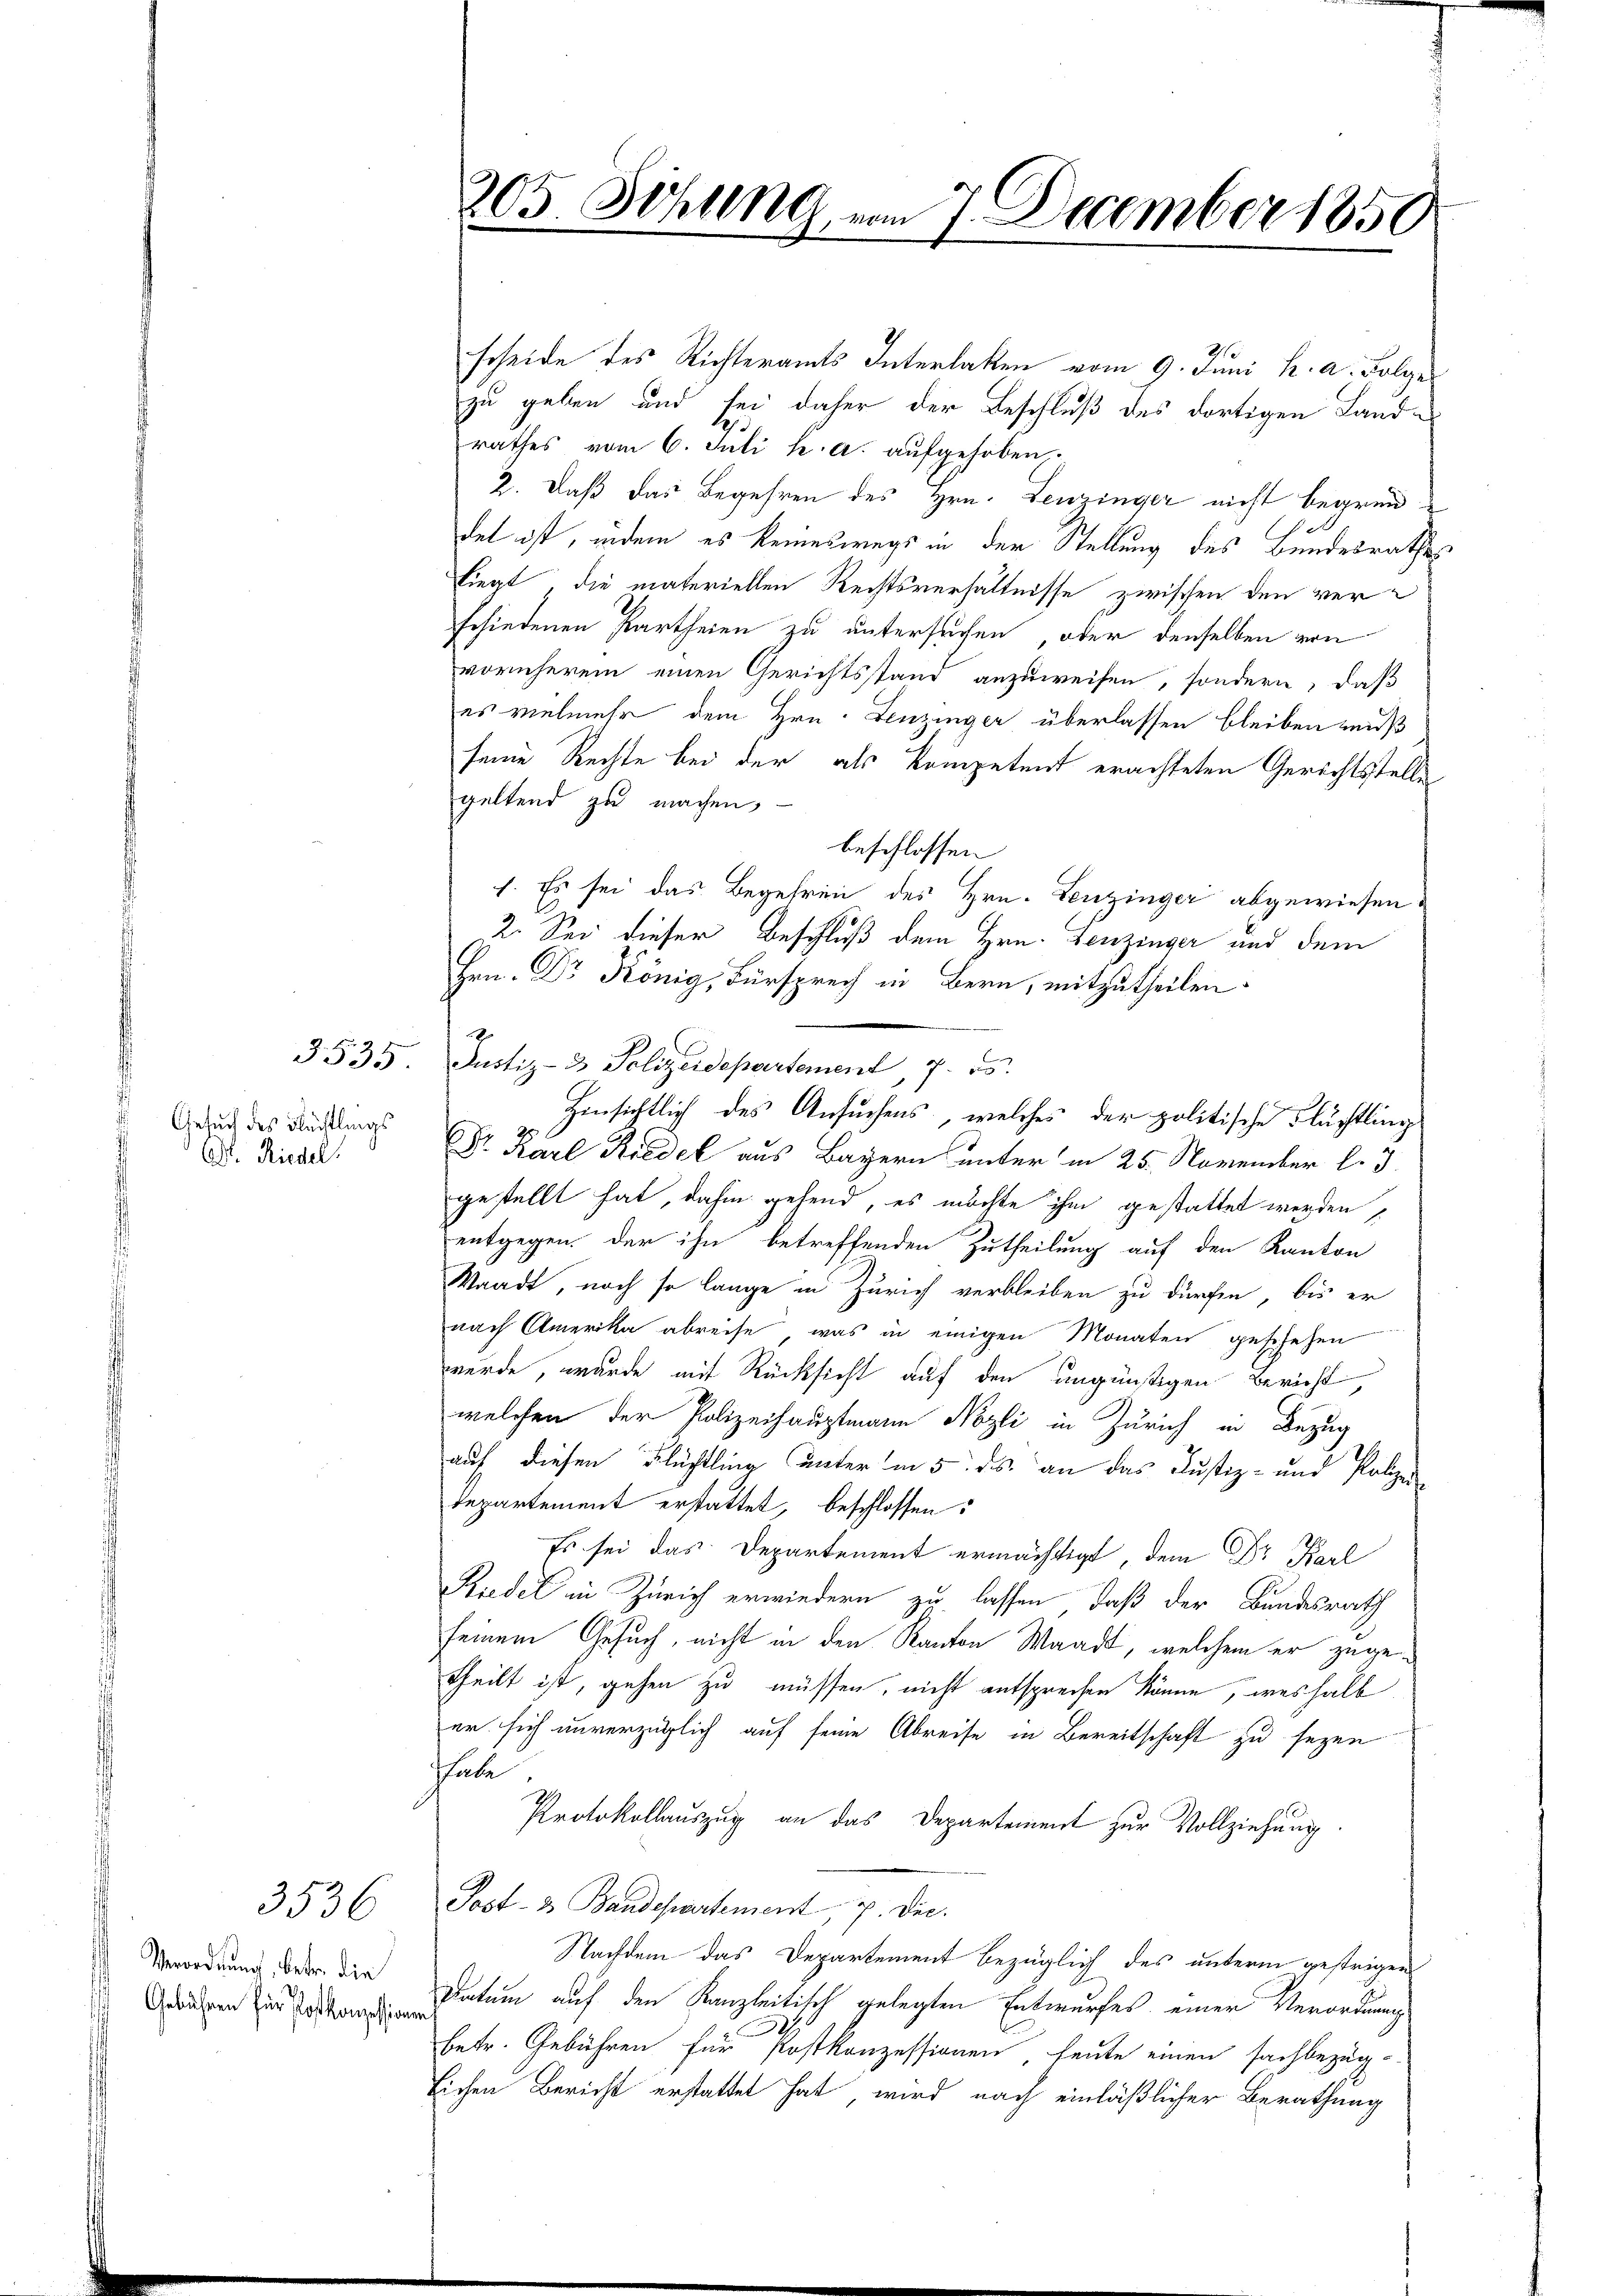
Gesuch des Flüchtlings
Ct. Riedel.

3535

3536

Verordnung, betr. die

205 Schlag vom 7. December 1850
2

scheide des Richteramts Interlaken vom 9. Juni h. a. Folge
zu geben und sei daher der Beschluß des dortigen Land-
rathes vom 6. Juli h. a. aufgehoben,
2. Daß das Begehren des Hrn. Leuzinger nicht begründet ist, indem es keineswegs in der Stellung des Bundesrathes
liegt die materiellen Rechtsverhältnisse zwischen den verschiedenen Partheien zu untersuchen, oder denselben von
vornherein einen Gerichtsstand anzuweisen, sondern, daß
es vielmehr dem Hrn. Lenzinger überlassen bleiben muß
seine Rechte bei der als kompetent erachteten Gerichtsstelle
geltend zu machen,
beschlossen
1. Es sei das Begehren des Hrn. Lenzinger abgewiesen
u. Sei dieser Beschluß dem Hrn. Lenzinger und dem
Hrn. Dr König, Fürsprech in Bern, mitzutheilen.
Justiz- & Polizeidepartement, 7. ds.
Hinsichtlich des Ansuchens, welches der politische Flüchtling
25
Dr. Karl Riedel aus Bayern unter in 25. November l. J.
gestellt hat, dahin gehend, es möchte ihm gestattet werden,
entgegen. Der ihn betreffenden Zutheilung auf den Kanton
Waadt, noch so lange in Zürich verbleiben zu dürfen, bis er
nach Amerika abreise, was in einigen Monaten geschehen
wurde, wurde mit Rücksicht auf den ungünstigen Bericht,
welchen der Polizeihauptmann Nozli in Zürich in Bezug
auf diesen Flüchtling unter in 5. ds an das Justiz- und Polizeidepartement erstattet, beschlossen:
Es sei das Departement ermächtigt, dem Dr. Karl
Riedel in Zürich erwiedern zu lassen, daß der Bundesrath
seinem Gesuch, nicht in den Kanton Waadt, welchem er zuge-
theilt ist, gehen zu müssen, nicht entsprechen könne, weshalb
er sich unverzüglich auf seine Abreise in Bereitschaft zu sezen
Thute
Protokollauszug an das Departement zur Vollziehung
Post- & Baudepartement, 7. Dec.
Nachdem das Departement bezüglich des unterm gestrigen
dauren zur Zeitungsdatum auf den Kanzleitisch gelegten Entwurfes einer Verordnung
.
betr. Gebühren für Postkonzessionen heute einen sachbezüg-
Eichen Bericht erstattet hat, wird nach einläßlicher Berathung